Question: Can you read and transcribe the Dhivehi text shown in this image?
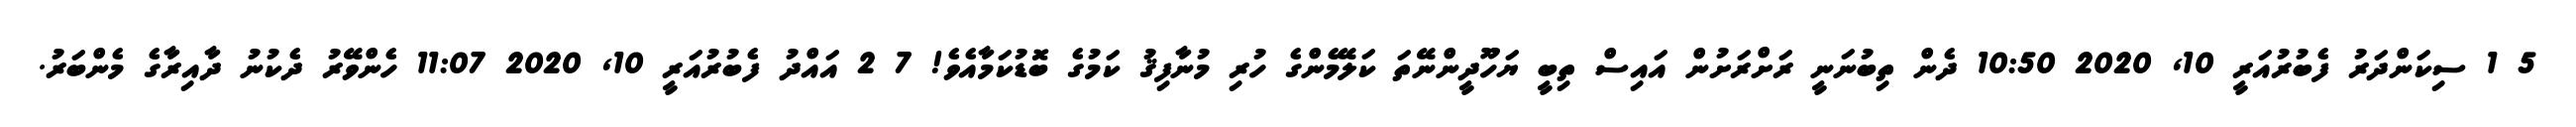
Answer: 5 1 ސިކަންދަރު ފެބުރުއަރީ 10, 2020 10:50 ދެން ތިބުނަނީ ރަށްރަށުން އައިސް ތިބީ ޔަހޫދީންނޭތަ ކަލޭމެންގެ ހުރި މުނާފިޤު ކަމުގެ ބޮޑުކަމާއެވެ! 7 2 އައްދު ފެބުރުއަރީ 10, 2020 11:07 ހެންވޭރު ދެކުނު ދާއިރާގެ މެންބަރު.